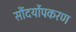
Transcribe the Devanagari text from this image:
सौंदर्योपकरण